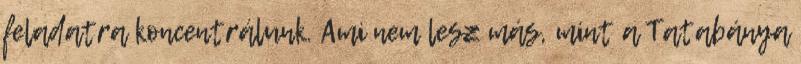
feladatra koncentrálunk. Ami nem lesz más, mint a Tatabánya